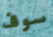
سوف